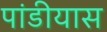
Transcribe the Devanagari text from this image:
पांडीयास